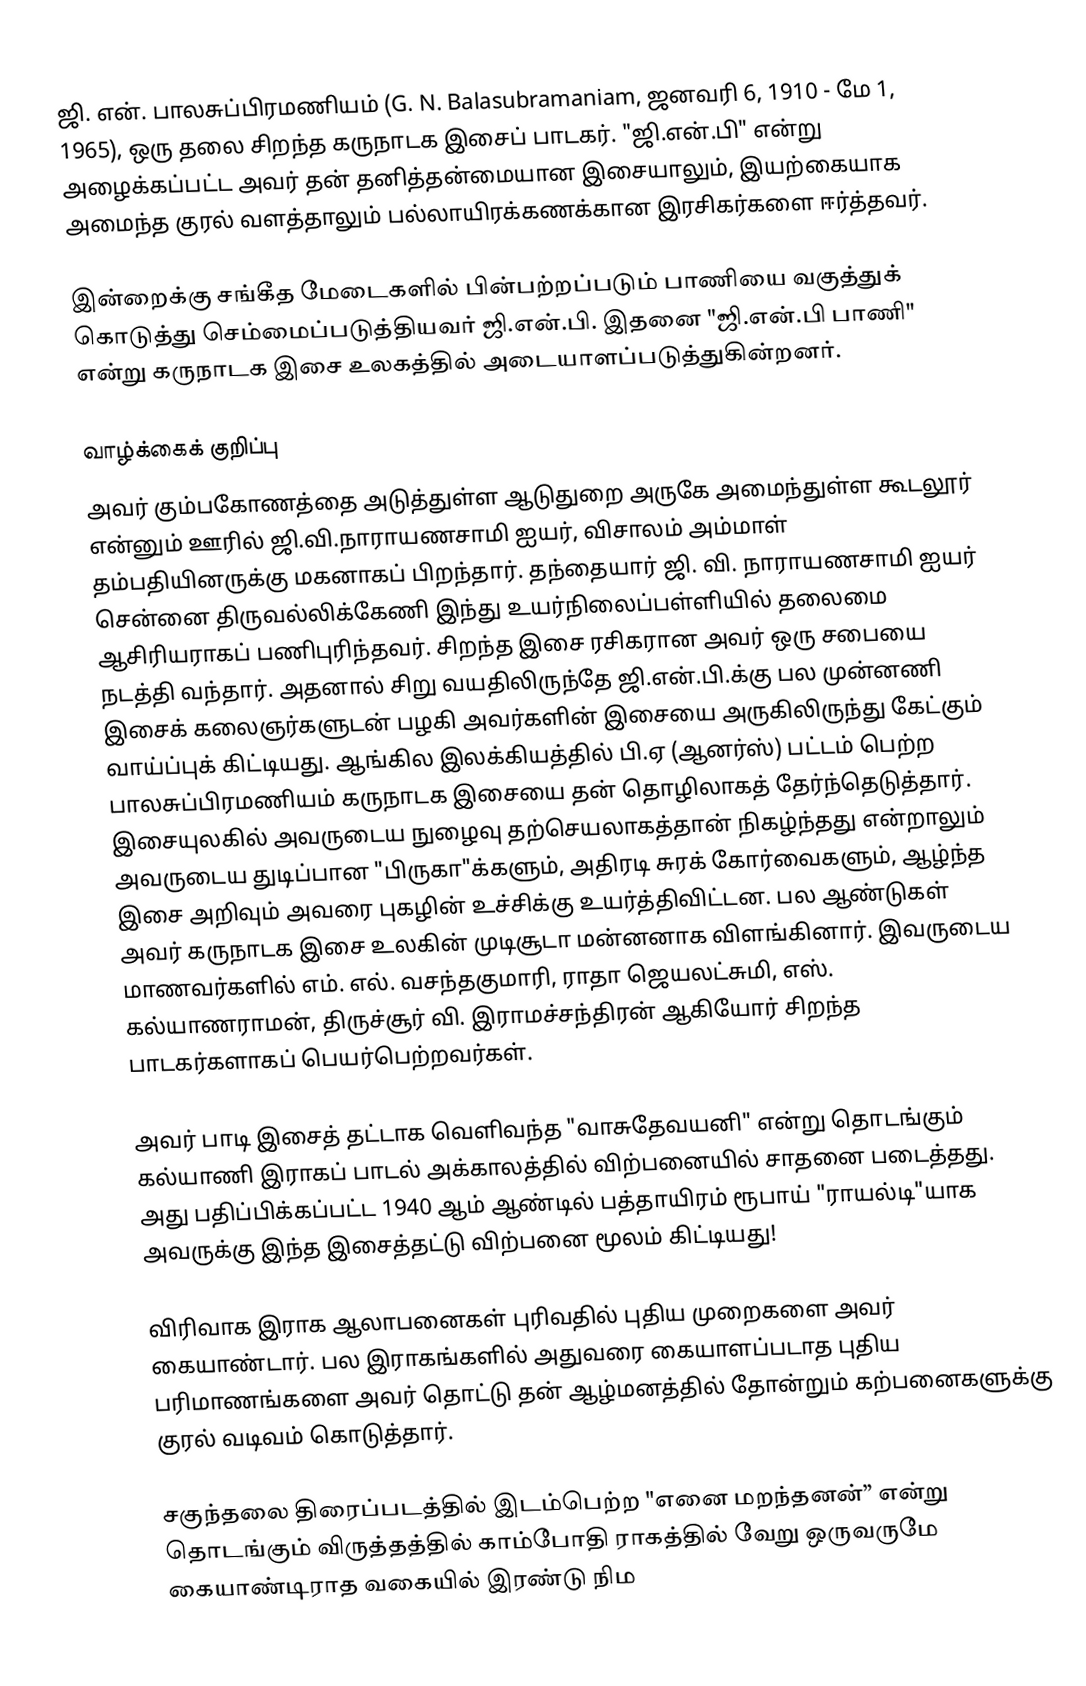
ஜி. என். பாலசுப்பிரமணியம் (G. N. Balasubramaniam, ஜனவரி 6, 1910 - மே 1, 1965), ஒரு தலை சிறந்த கருநாடக இசைப்  பாடகர். "ஜி.என்.பி" என்று அழைக்கப்பட்ட அவர் தன் தனித்தன்மையான இசையாலும், இயற்கையாக அமைந்த குரல் வளத்தாலும் பல்லாயிரக்கணக்கான இரசிகர்களை ஈர்த்தவர்.

இன்றைக்கு சங்கீத மேடைகளில் பின்பற்றப்படும் பாணியை வகுத்துக் கொடுத்து செம்மைப்படுத்தியவர் ஜி.என்.பி. இதனை "ஜி.என்.பி பாணி" என்று கருநாடக இசை உலகத்தில் அடையாளப்படுத்துகின்றனர்.

வாழ்க்கைக் குறிப்பு
அவர் கும்பகோணத்தை அடுத்துள்ள ஆடுதுறை அருகே அமைந்துள்ள கூடலூர் என்னும் ஊரில் ஜி.வி.நாராயணசாமி ஐயர், விசாலம் அம்மாள் தம்பதியினருக்கு மகனாகப் பிறந்தார். தந்தையார் ஜி. வி. நாராயணசாமி ஐயர் சென்னை திருவல்லிக்கேணி இந்து உயர்நிலைப்பள்ளியில் தலைமை ஆசிரியராகப் பணிபுரிந்தவர். சிறந்த இசை ரசிகரான அவர் ஒரு சபையை நடத்தி வந்தார். அதனால் சிறு வயதிலிருந்தே ஜி.என்.பி.க்கு பல முன்னணி இசைக் கலைஞர்களுடன் பழகி அவர்களின் இசையை அருகிலிருந்து கேட்கும்  வாய்ப்புக் கிட்டியது. ஆங்கில இலக்கியத்தில் பி.ஏ (ஆனர்ஸ்) பட்டம் பெற்ற பாலசுப்பிரமணியம் கருநாடக இசையை தன் தொழிலாகத் தேர்ந்தெடுத்தார். இசையுலகில் அவருடைய நுழைவு தற்செயலாகத்தான் நிகழ்ந்தது என்றாலும் அவருடைய  துடிப்பான "பிருகா"க்களும், அதிரடி சுரக் கோர்வைகளும், ஆழ்ந்த இசை அறிவும் அவரை புகழின் உச்சிக்கு உயர்த்திவிட்டன. பல ஆண்டுகள் அவர் கருநாடக இசை உலகின் முடிசூடா மன்னனாக விளங்கினார். இவருடைய மாணவர்களில் எம். எல். வசந்தகுமாரி, ராதா ஜெயலட்சுமி, எஸ். கல்யாணராமன், திருச்சூர் வி. இராமச்சந்திரன் ஆகியோர் சிறந்த பாடகர்களாகப் பெயர்பெற்றவர்கள்.

அவர் பாடி இசைத் தட்டாக வெளிவந்த "வாசுதேவயனி" என்று தொடங்கும் கல்யாணி இராகப் பாடல் அக்காலத்தில் விற்பனையில் சாதனை படைத்தது. அது பதிப்பிக்கப்பட்ட 1940 ஆம் ஆண்டில் பத்தாயிரம் ரூபாய் "ராயல்டி"யாக அவருக்கு இந்த இசைத்தட்டு விற்பனை மூலம் கிட்டியது!

விரிவாக இராக ஆலாபனைகள் புரிவதில் புதிய முறைகளை அவர் கையாண்டார். பல இராகங்களில் அதுவரை கையாளப்படாத புதிய பரிமாணங்களை அவர் தொட்டு தன் ஆழ்மனத்தில் தோன்றும் கற்பனைகளுக்கு குரல் வடிவம் கொடுத்தார்.

சகுந்தலை திரைப்படத்தில் இடம்பெற்ற "எனை மறந்தனன்” என்று தொடங்கும் விருத்தத்தில் காம்போதி ராகத்தில் வேறு ஒருவருமே கையாண்டிராத வகையில் இரண்டு நிம